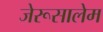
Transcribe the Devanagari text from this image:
जेरूसालेम